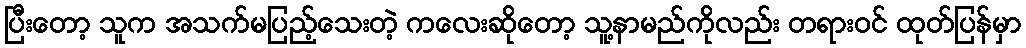
ပြီးတော့ သူက အသက်မပြည့်သေးတဲ့ ကလေးဆိုတော့ သူ့နာမည်ကိုလည်း တရားဝင် ထုတ်ပြန်မှာ